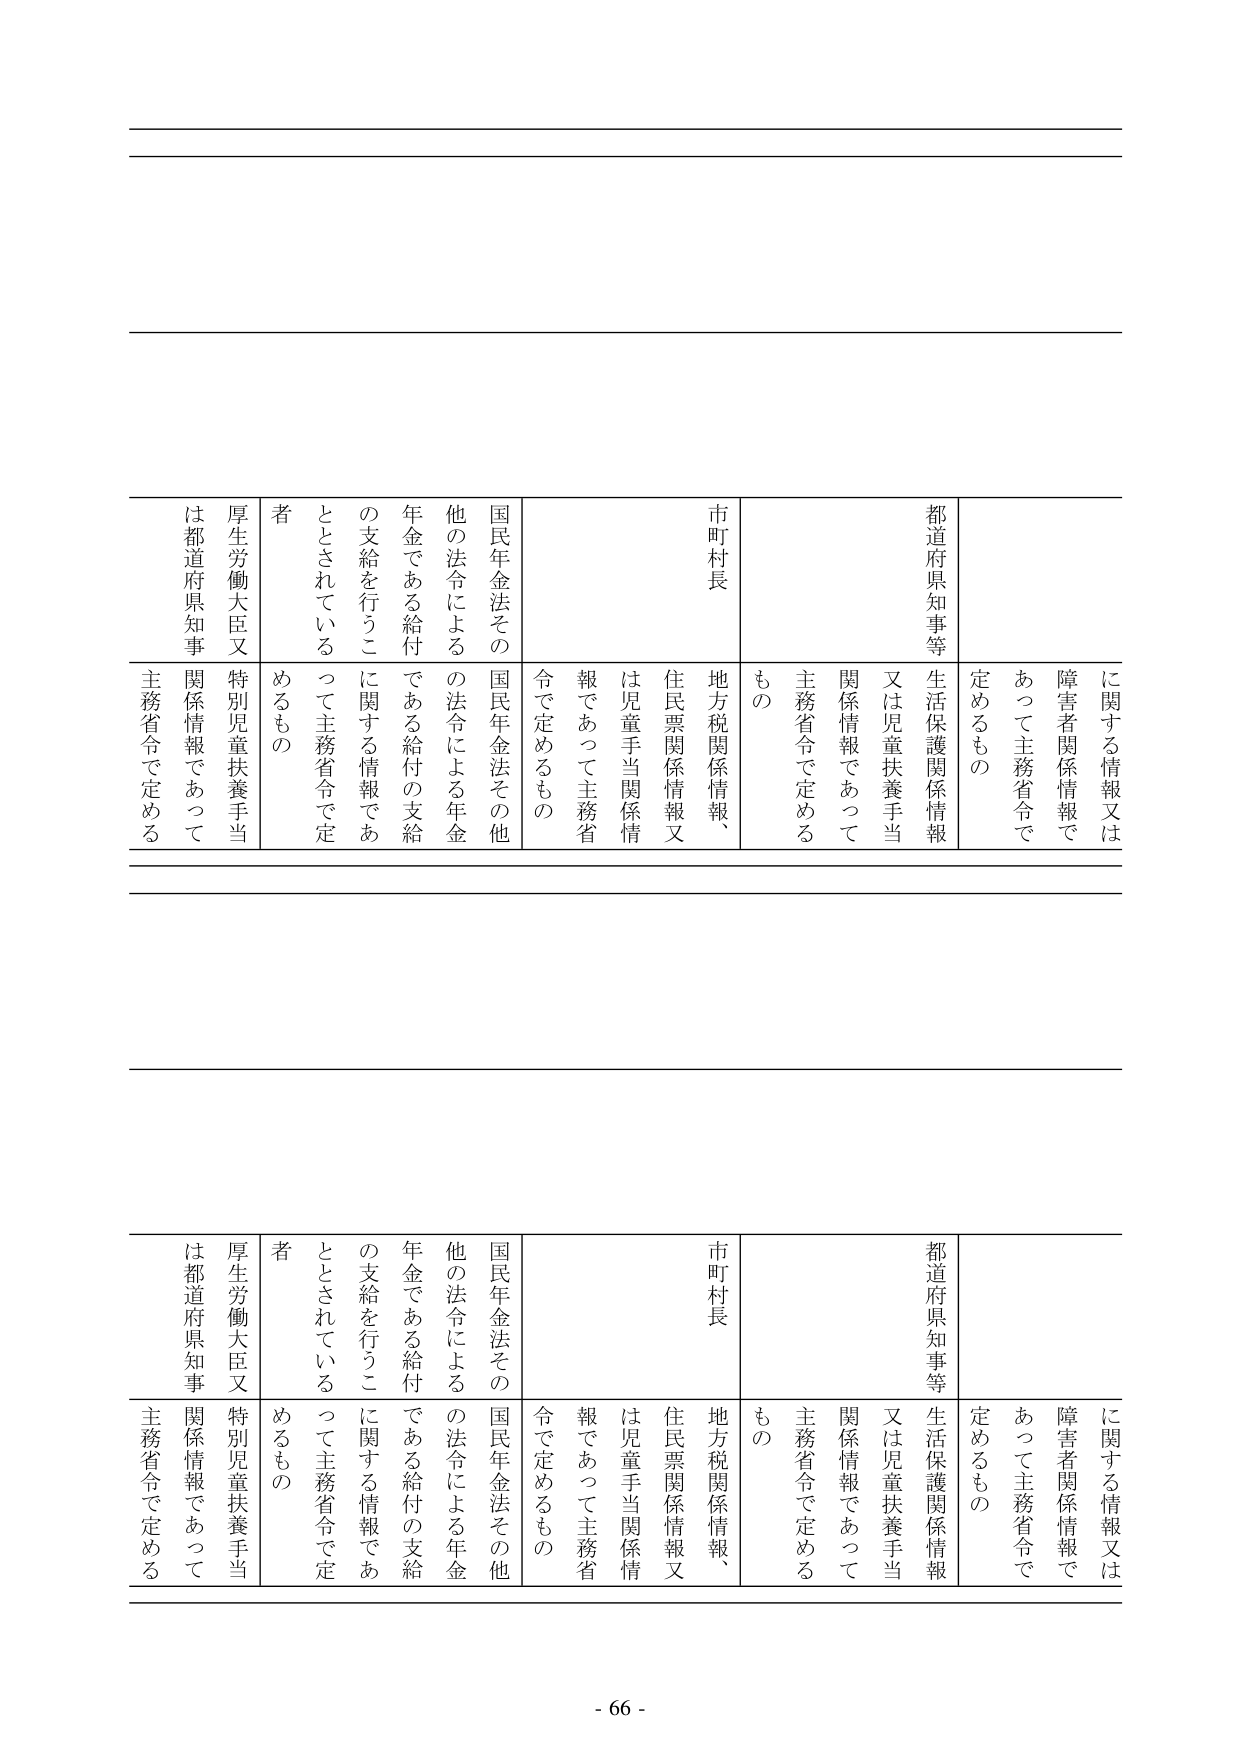
に関する情報又は
障害者関係情報で
あって主務省令で
定めるもの
都道府県知事等
生活保護関係情報
又は児童扶養手当
関係情報であって
主務省令で定める
もの
市町村長
地方税関係情報、
住民票関係情報又
は児童手当関係情
報であって主務省
令で定めるもの
国民年金法その
他の法令による
年金である給付
の支給を行うこ
ととされている
者
国民年金法その他
の法令による年金
である給付の支給
に関する情報であ
って主務省令で定
めるもの
厚生労働大臣又
は都道府県知事
特別児童扶養手当
関係情報であって
主務省令で定める

に関する情報又は
障害者関係情報で
あって主務省令で
定めるもの
都道府県知事等
生活保護関係情報
又は児童扶養手当
関係情報であって
主務省令で定める
もの
市町村長
地方税関係情報、
住民票関係情報又
は児童手当関係情
報であって主務省
令で定めるもの
国民年金法その
他の法令による
年金である給付
の支給を行うこ
ととされている
者
国民年金法その他
の法令による年金
である給付の支給
に関する情報であ
って主務省令で定
めるもの
厚生労働大臣又
は都道府県知事
特別児童扶養手当
関係情報であって
主務省令で定める

- 66 -